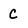
Character: C